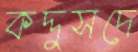
কদ্দুসদে